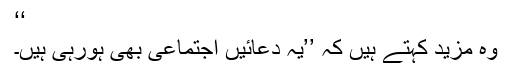
‘‘
وہ مزید کہتے ہیں کہ ’’یہ دعائیں اجتماعی بھی ہورہی ہیں۔